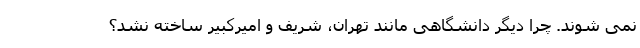
نمی شوند. چرا دیگر دانشگاهی مانند تهران، شریف و امیرکبیر ساخته نشد؟